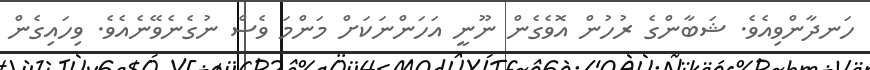
ހަނދާންވިއެވެ. ޝަބާންގެ ރުހުން އޮވެގެން ނޫނީ އަހަންނަކަށް މަންމަ ވެސް ނުގެނެވޭނެއެވެ. ވިހައިގެން